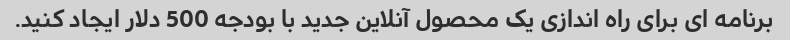
برنامه ای برای راه اندازی یک محصول آنلاین جدید با بودجه 500 دلار ایجاد کنید.